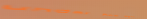
under new mgmt